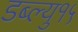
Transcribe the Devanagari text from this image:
डब्ल्यु१५